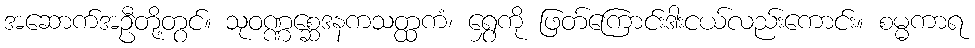
အဆောက်အဦတို့တွင်။ သုဝဏ္ဏစ္ဆေဒနကသတ္ထကံ၊ ရွှေကို ဖြတ်ကြောင်းဒါးငယ်လည်းကောင်း။ စမ္မကာရ